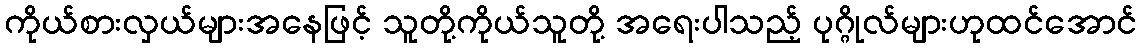
ကိုယ်စားလှယ်များအနေဖြင့် သူတို့ကိုယ်သူတို့ အရေးပါသည့် ပုဂ္ဂိုလ်များဟုထင်အောင်